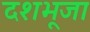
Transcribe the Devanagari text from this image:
दशभूजा